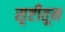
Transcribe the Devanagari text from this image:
सृष्टीतून